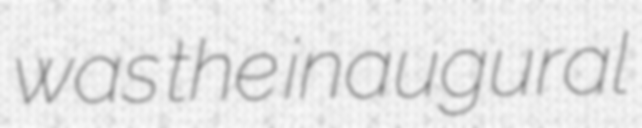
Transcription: was the inaugural